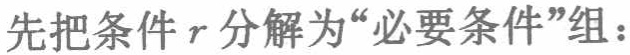
先把条件\(r\)分解为“必要条件”组：